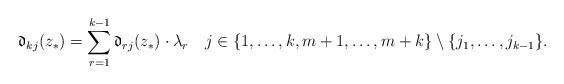
LaTeX: \begin{align*}\mathfrak{d}_{kj}(z_{\ast})=\sum_{r=1}^{k-1}\mathfrak{d}_{rj}(z_{\ast})\cdot\lambda_{r}\ \ \ j\in\{1,\hdots,k,m+1,\hdots,m+k\}\setminus\{j_1,\hdots,j_{k-1}\}. \end{align*}